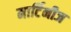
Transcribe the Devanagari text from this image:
मार्टिनीज